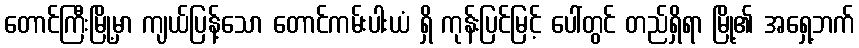
တောင်ကြီးမြို့မှာ ကျယ်ပြန့်သော တောင်ကမ်းပါးယံ ရှိ ကုန်းပြင်မြင့် ပေါ်တွင် တည်ရှိရာ မြို့၏ အရှေ့ဘက်